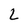
Character: L